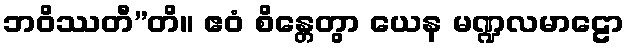
ဘဝိဿတီ”တိ။ ဧဝံ စိန္တေတွာ ယေန မဏ္ဍလမာဠော